Vaccination report Assam 1896-1927 - 1896-1927
Year: 1896
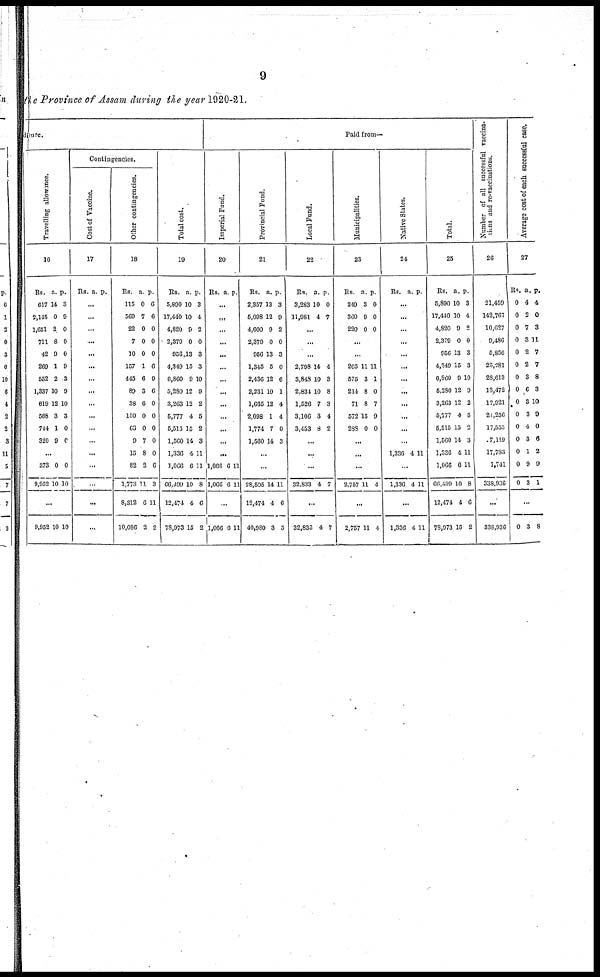
9
the Province of Assam during the year 1920-21.
diture.
Travelling allowance.
16
Rs.
617
2,145
1,651
711
42
269
552
1,337
619
568
744
320
a.
14
0
2
8
9
1
2
10
12
3
1
9
p.
3
9
0
0
0
9
3
9
10
3
0
0
...
373
9,952
0
10
0
10
...
9,952 10 10
Contingencies.
Cost of Vaccine.
17
Rs. a. p.
...
...
...
...
...
...
...
...
...
...
...
...
...
...
...
...
...
Other contingencies.
18
Rs.
116
569
22
7
10
157
445
89
38
150
63
9
15
82
1,773
8,312
10,086
a.
0
7
0
0
0
1
6
3
6
0
0
7
8
2
11
6
2
p.
6
6
0
0
0
6
9
6
0
0
0
0
0
6
3
11
2
Total cost.
19
Rs.
5,890
17,440
4,820
2,379
956
4,349
6,860
5,280
3,263
5,777
5,515
1,560
1,336
1,066
66,499
12,474
73,973
a.
10
10
9
0
13
15
9
12
12
4
15
14
4
6
10
4
15
p.
3
4
2
0
3
3
10
9
2
5
2
3
11
11
8
6
2
Paid from—
Imperial Fund.
20
Rs. a p.
...
...
...
...
...
...
...
...
...
...
...
...
...
1,066
1,066
6
6
11
11
...
1,066 6 11
Provincial Fund.
21
Rs.
2,357
5,098
4,600
2,379
966
1,345
2,436
2,231
1,665
2,098
1,774
1,560
a.
13
12
9
0
13
5
12
10
12
1
7
14
p.
3
9
2
0
3
0
6
1
4
4
0
3
...
...
28,505
12,474
40,980
14
4
3
11
6
5
Local Fund.
22
Rs.
3,283
11,981
a.
10
4
p.
0
7
...
...
...
2,798
3,848
2,834
1,526
3,106
3,453
14
10
10
7
3
8
4
3
8
3
4
2
...
...
...
32,833 4 7
...
32,833 4 7
Municipalities.
23
Rs.
249
360
220
a.
3
9
0
p.
0
0
0
...
...
205
575
214
71
572
288
11
3
8
8
15
0
11
1
0
7
9
0
...
...
...
2,757 11 4
...
2,757 11 4
Native States.
24
Rs. a. p.
...
...
...
...
...
...
...
...
...
...
...
...
1,336 4 11
...
1,336 4 11
...
1,336 4 11
Total.
25
Rs.
6,890
17,440
4,820
2,379
956
4,349
6,860
5,280
3,263
5,777
5,515
1,560
1,336
1,066
66,499
12,474
78,973
a.
10
10
9
0
13
15
9
12
12
4
15
14
4
6
10
4
15
p.
3
4
2
0
3
3
10
9
2
5
2
3
11
11
8
6
2
Number of all successful vaccina¬
tions and re-vaccinations.
26
21,459
142,767
10,627
9,486
5,856
25,281
28,613
13,472
12,921
21,256
17,555
7,119
17,783
1,741
338,936
...
338,936
Average cost of each successful case.
27
Rs.
0
0
0
0
0
0
0
0
0
0
0
0
0
0
0
a
4
2
7
3
2
2
3
6
3
3
4
3
1
9
3
p.
4
0
3
11
7
7
8
3
10
9
0
6
2
9
1
...
0 3 8